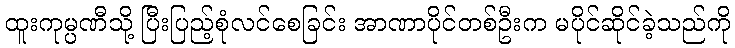
ထူးကုမ္ပဏီသို့ ပြီးပြည့်စုံလင်စေခြင်း အာဏာပိုင်တစ်ဦးက မပိုင်ဆိုင်ခဲ့သည်ကို